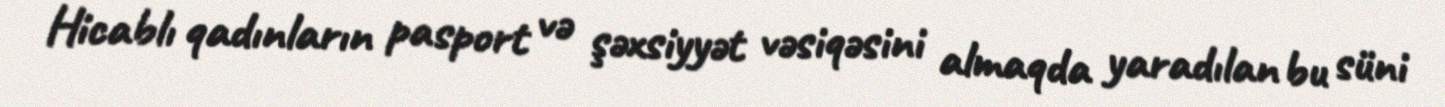
Hicablı qadınların pasport və şəxsiyyət vəsiqəsini almaqda yaradılan bu süni